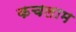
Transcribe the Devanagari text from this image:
कचलाम